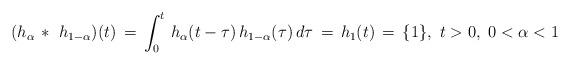
LaTeX: \begin{align*}(h_\alpha\, *\ h_{1-\alpha})(t) \, = \, \int_0^t \, h_\alpha(t-\tau)\, h_{1-\alpha}(\tau)\, d\tau \, = \, h_1(t)\, = \, \{1\},\ t>0,\ 0<\alpha < 1\end{align*}